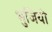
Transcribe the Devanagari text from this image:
भुजियो